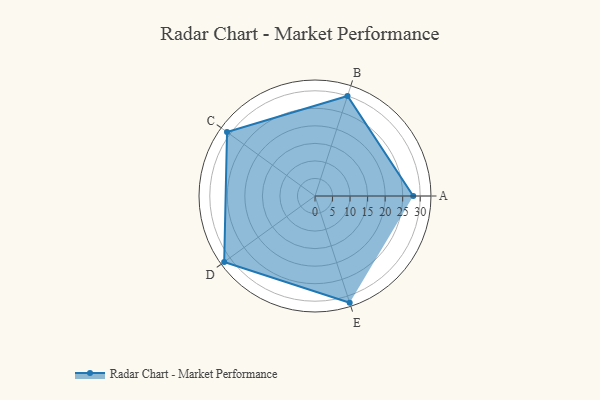
{"axis": {"x": "Skill", "y": "Score"}, "legend": ["Profile"], "data": [{"x": "A", "y": 28.0, "type": "Profile"}, {"x": "B", "y": 30.0, "type": "Profile"}, {"x": "C", "y": 31.0, "type": "Profile"}, {"x": "D", "y": 32.0, "type": "Profile"}, {"x": "E", "y": 32.0, "type": "Profile"}]}